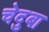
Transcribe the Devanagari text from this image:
चेदुबा